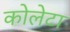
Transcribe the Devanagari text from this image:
कोलेटा